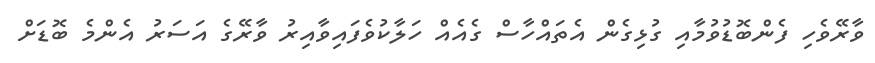
ވާރޭވެހި ފެންބޮޑުވުމާއި ގުޅިގެން އެތައްހާސް ގެއެއް ހަލާކުވެފައިވާއިރު ވާރޭގެ އަސަރު އެންމެ ބޮޑަށް